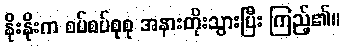
နိုးနိုးက စပ်စပ်စုစု အနားတိုးသွားပြီး ကြည့်၏။